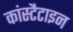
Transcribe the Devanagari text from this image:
कांस्टैटाइन